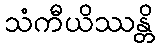
သံကီယိဿန္တိ